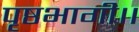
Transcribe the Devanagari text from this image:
पृष्ठभागी।।